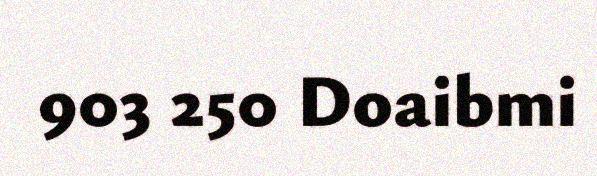
903 250 Doaibmi